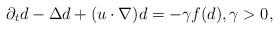
LaTeX: \begin{align*}\partial_{t} d - \Delta d +(u \cdot \nabla) d = -\gamma f(d), \gamma>0,\end{align*}